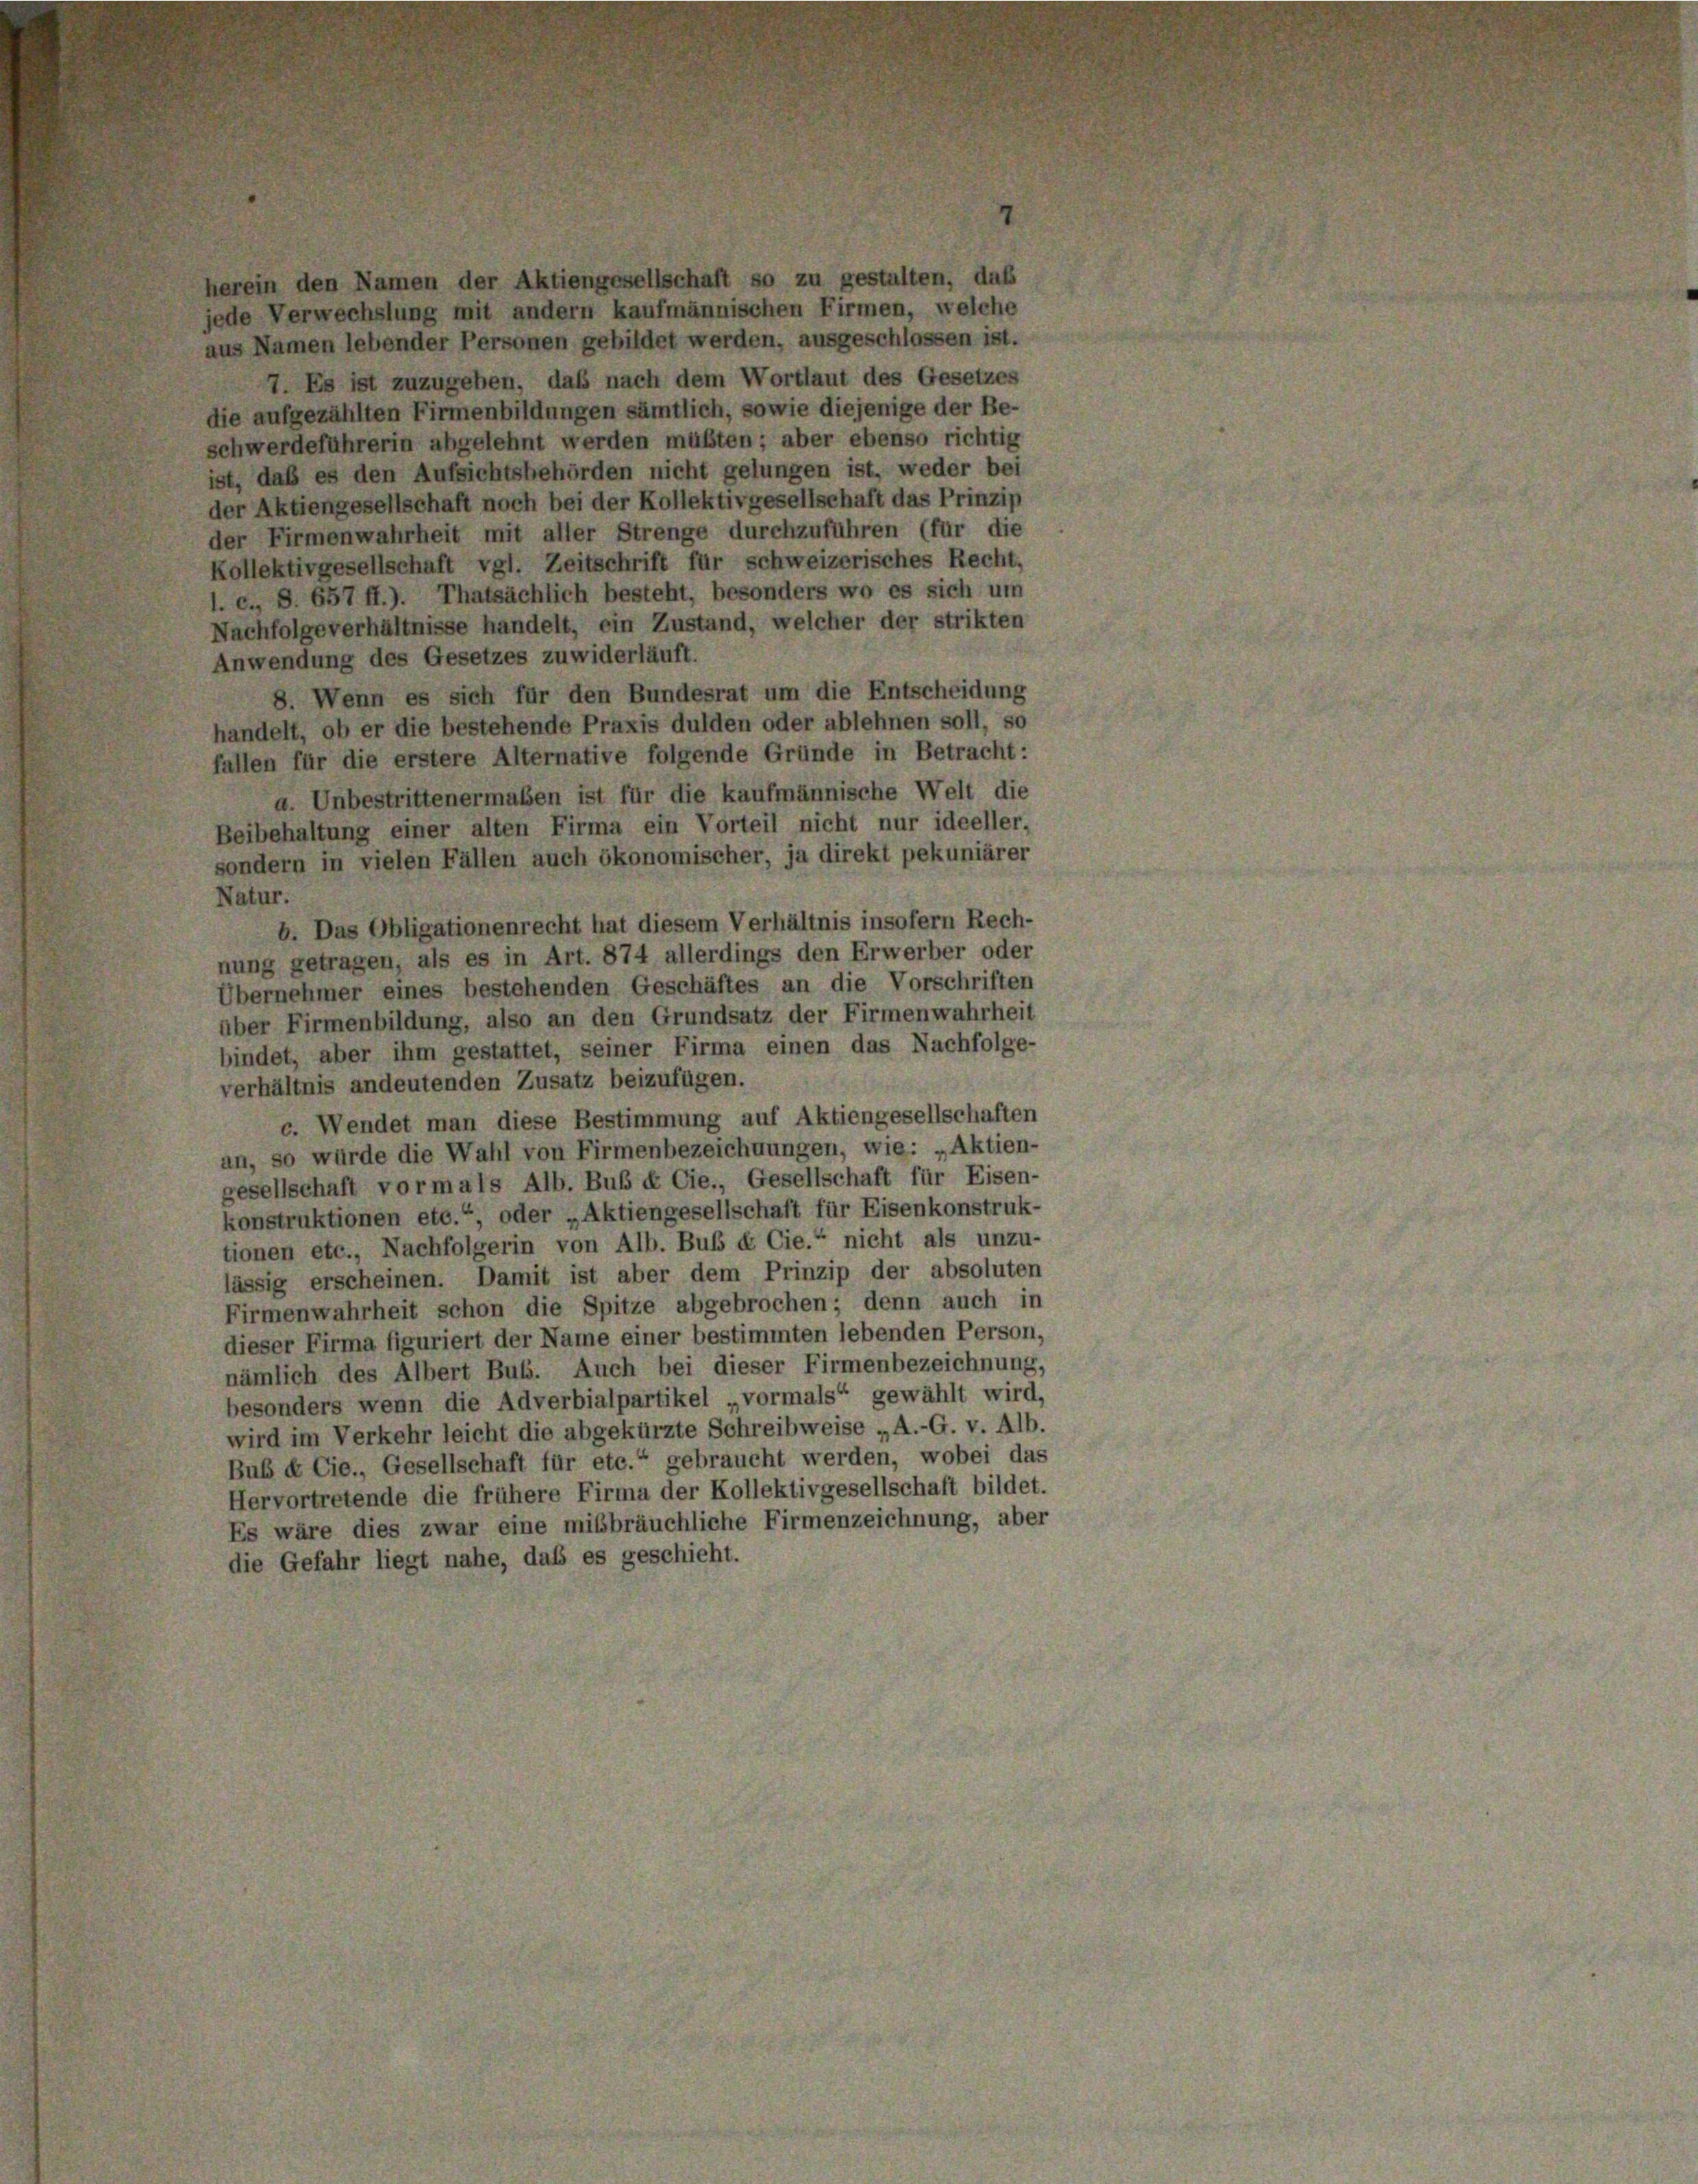
herein den Namen der Aktiengesellschaft so zu gestalten, das
jede Verwechslung mit andern kaufmännischen Firmen, welche
aus Namen lebender Personen gebildet werden, ausgeschlossen ist.
7. Es ist zuzugeben, daß nach dem Wortlaut des Gesetzes
die aufgezählten Firmenbildungen sämtlich, sowie diejenige der Be-
schwerdeführerin abgelehnt werden müßten; aber ebenso richtig
ist, daß es den Aufsichtsbehörden nicht gelungen ist, weder bei
der Aktiengesellschaft noch bei der Kollektivgesellschaft das Prinzip
der Firmenwahrheit mit aller Strenge durchzuführen (für die
Kollektivgesellschaft vgl. Zeitschrift für schweizerisches Recht,
l. c., S. 657 ff.). Thatsächlich besteht, besonders wo es sich um
Nachfolgeverhältnisse handelt, ein Zustand, welcher der strikten
Anwendung des Gesetzes zuwiderläuft.
8. Wenn es sich für den Bundesrat um die Entscheidung
handelt, ob er die bestehende Praxis dulden oder ablehnen soll, so
fallen für die erstere Alternative folgende Gründe in Betracht:
a. Unbestrittenermaßen ist für die kaufmännische Welt die
Beibehaltung einer alten Firma ein Vorteil nicht nur ideeller,
sondern in vielen Fällen auch ökonomischer, ja direkt pekuniärer
Natur.
b. Das Obligationenrecht hat diesem Verhältnis insofern Rech-
nung getragen, als es in Art. 874 allerdings den Erwerber oder
Übernehmer eines bestehenden Geschäftes an die Vorschriften
über Firmenbildung, also an den Grundsatz der Firmenwahrheit
bindet, aber ihm gestattet, seiner Firma einen das Nachfolge-
verhältnis andeutenden Zusatz beizufügen.
c. Wendet man diese Bestimmung auf Aktiengesellschaften
an, so würde die Wahl von Firmenbezeichnungen, wie: „Aktien-
gesellschaft vormals Alb. Bub & Cie., Gesellschaft für Eisen-
konstruktionen etc.“, oder „Aktiengesellschaft für Eisenkonstruk-
tionen etc., Nachfolgerin von Alb. Buß & Cie.“ nicht als unzu-
lässig erscheinen. Damit ist aber dem Prinzip der absoluten
Firmenwahrheit schon die Spitze abgebrochen; denn auch in
dieser Firma figuriert der Name einer bestimmten lebenden Person,
nämlich des Albert Buss. Auch bei dieser Firmenbezeichnung,
besonders wenn die Adverbialpartikel vormals“ gewählt wird,
wird im Verkehr leicht die abgekürzte Schreibweise „A.-G. v. Alb.
Bub & Cie., Gesellschaft für etc.“ gebraucht werden, wobei das
Hervortretende die frühere Firma der Kollektivgesellschaft bildet.
Es wäre dies zwar eine mißbräuchliche Firmenzeichnung, aber
die Gefahr liegt nahe, daß es geschieht.